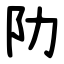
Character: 阞